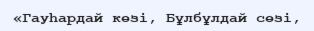
«Гауһардай көзі, Бұлбұлдай сөзі,